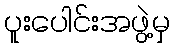
ပူးပေါင်းအဖွဲ့မှ